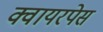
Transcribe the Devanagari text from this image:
क्वायरपेस